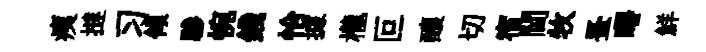
痍撻习傾驂惋錢恰據櫳叵釀切宿閫牧蚤曙鮮